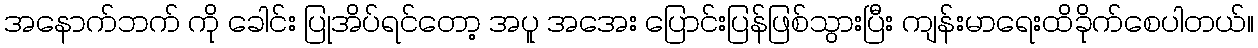
အနောက်ဘက် ကို ခေါင်း ပြုအိပ်ရင်တော့ အပူ အအေး ပြောင်းပြန်ဖြစ်သွားပြီး ကျန်းမာရေးထိခိုက်စေပါတယ်။